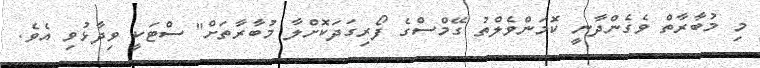
މި މުބާރާތް ވެގެންދާނީ ކޮމަންވެލްތު ގޭމްސްގެ ފޯރިގަދަކޮށްލާ މުބާރާތަށް" ސްޓަކީ ވިދާޅުވި އެވެ.